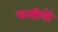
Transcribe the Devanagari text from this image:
वासीयों